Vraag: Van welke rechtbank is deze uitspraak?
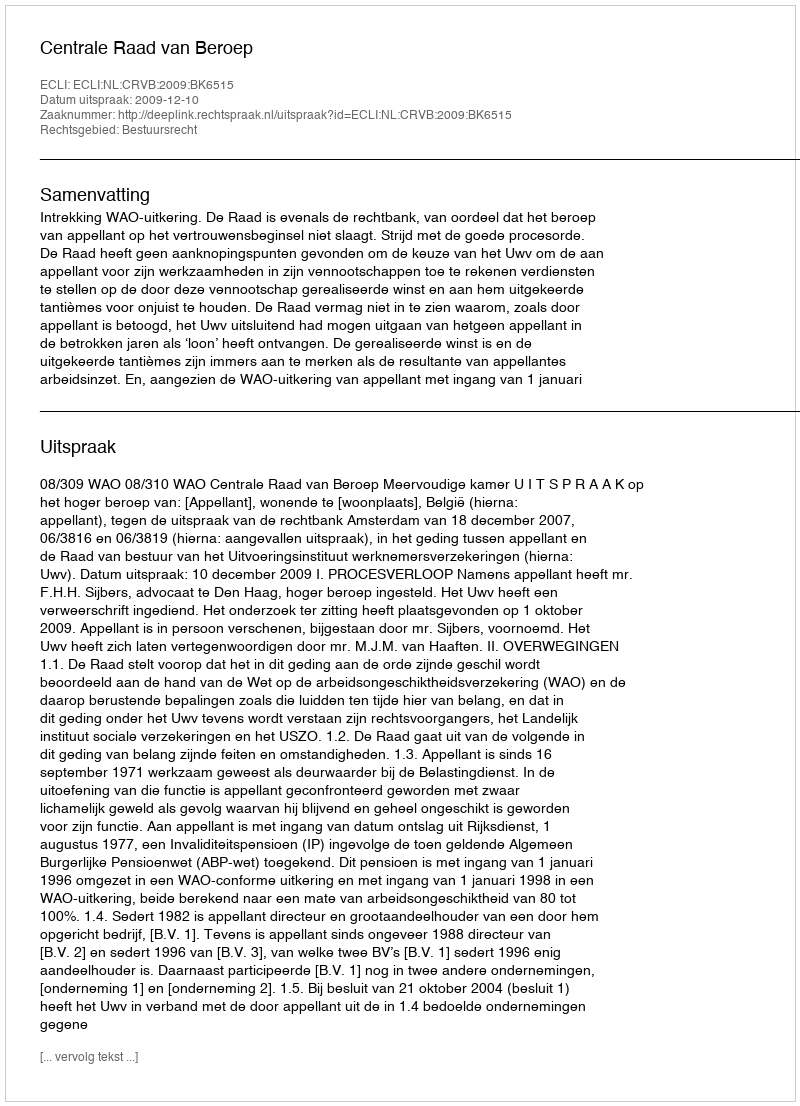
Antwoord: Centrale Raad van Beroep